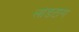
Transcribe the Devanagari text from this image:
लांडटाग